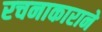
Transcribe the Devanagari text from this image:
रचनाकाराने